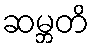
ဆမ္ဘတိ